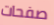
صفحات